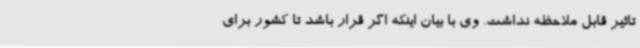
تاثیر قابل ملاحظه نداشت. وی با بیان اینکه اگر قرار باشد تا کشور برای